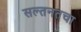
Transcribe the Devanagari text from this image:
सल्तनतचा